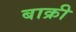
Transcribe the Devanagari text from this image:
बाक्री